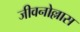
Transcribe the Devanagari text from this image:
जीवनोल्लास